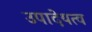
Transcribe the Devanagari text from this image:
उपादेयत्व